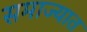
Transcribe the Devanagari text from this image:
समाज्यात